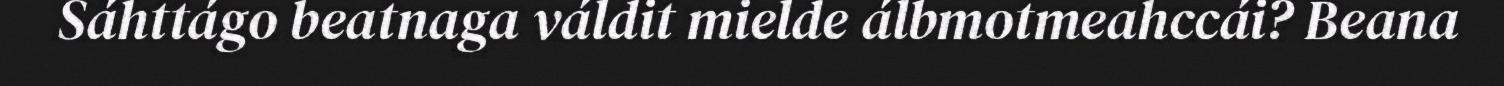
Sáhttágo beatnaga váldit mielde álbmotmeahccái? Beana